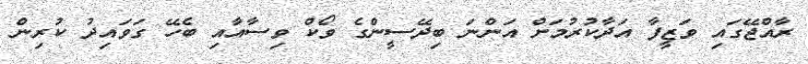
ރާއްޖޭގައި ވަޒީފާ އަދާކުރުމަށް އަންނަ ބިދޭސީންގެ ވޯކް ވިސާއާއި ބެހޭ ގަވައިދު ކުރިން